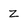
Character: Z